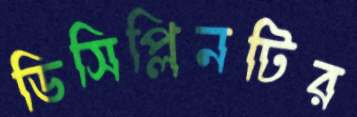
ডিসিপ্লিনটির